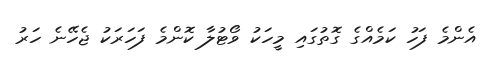
އެންމެ ފަހު ކަމެއްގެ ގޮތުގައި މީހަކު ވޯޓުލާ ކޮންމެ ފަހަރަކު ޖެހޭނެ ހަރު